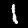
Digit: 1